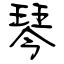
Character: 琴